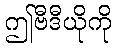
ဤဗီဒီယိုကို